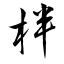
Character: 柈